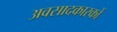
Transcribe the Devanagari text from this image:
अवसादकारकों